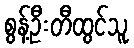
စွန့်ဦးတီထွင်သူ